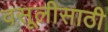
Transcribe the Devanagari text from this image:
वसूलीसाठी